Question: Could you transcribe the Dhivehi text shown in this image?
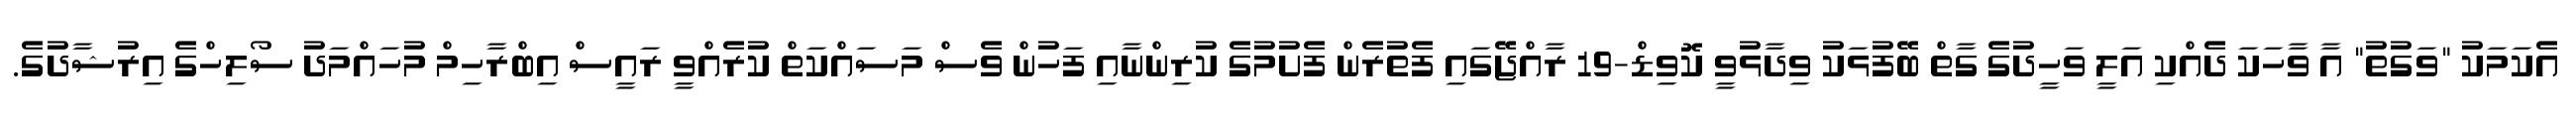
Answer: އެކަމަކު "ވަގުތު" އާ ވާހަކަ ދެއްކި އަލީ ވަހީދުގެ ގާތް ބޭފުޅަކު ވިދާޅުވީ ކޮވިޑް-19 ރާއްޖޭގައި ފެތުރެން ފެށުމުގެ ކުރިންނާއި ފަހުން ވެސް މަސައްކަތް ކުރެއްވީ ރައީސް އިބްރާހިމް މުހައްމަދު ސޯލިހްގެ އިރުޝާދުގެ.